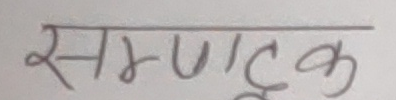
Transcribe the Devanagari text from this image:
सम्पादक